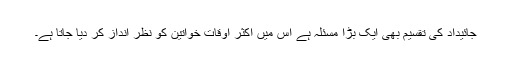
جائیداد کی تقسیم بھی ایک بڑا مسئلہ ہے اس میں اکثر اوقات خواتین کو نظر انداز کر دیا جاتا ہے۔